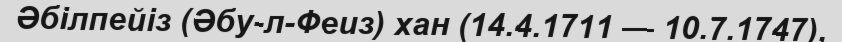
Әбілпейіз (Әбу-л-Феиз) хан (14.4.1711 — 10.7.1747),